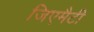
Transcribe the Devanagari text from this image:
जिएमैटी